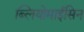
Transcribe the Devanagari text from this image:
ब्लियोमाईसिन